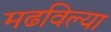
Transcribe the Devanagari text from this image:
मढविल्या